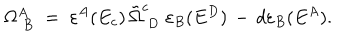
LaTeX: \Omega _ { \; B } ^ { A } \; = \; \varepsilon ^ { A } ( E _ { c } ) \, \tilde { \Omega } _ { \; D } ^ { c } \; \varepsilon _ { B } ( E ^ { D } ) \, - \, d \varepsilon _ { B } ( E ^ { A } ) .